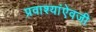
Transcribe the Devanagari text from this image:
प्रवाश्यांऐवजी